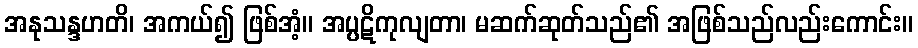
အနုသန္ဒဟတိ၊ အကယ်၍ ဖြစ်အံ့။ အပ္ပဋိကုလျတာ၊ မဆက်ဆုတ်သည်၏ အဖြစ်သည်လည်းကောင်း။